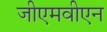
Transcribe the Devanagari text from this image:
जीएमवीएन